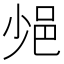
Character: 𨚈